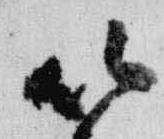
以